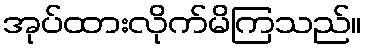
အုပ်ထားလိုက်မိကြသည်။